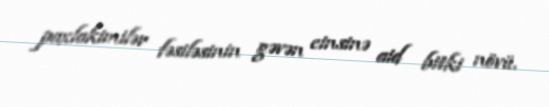
paxlakimilər fəsiləsinin gəvən cinsinə aid bitki növü.